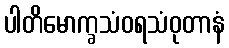
ပါတိမောက္ခသံဝရသံဝုတာနံ